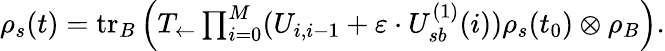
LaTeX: \begin{array}{r}{\rho_{s}(t)=\mathrm{tr}_{B}\left(T_{\leftarrow}\prod_{i=0}^{M}(U_{i,i-1}+\varepsilon\cdot U_{sb}^{(1)}(i))\rho_{s}(t_{0})\otimes\rho_{B}\right).}\end{array}